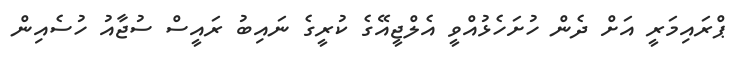
ޕްރައިމަރީ އަށް ދެން ހުށަހެޅުއްވީ އެލްޖީއޭގެ ކުރީގެ ނައިބު ރައީސް ސުޖާއު ހުސެއިން